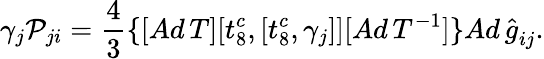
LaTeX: \gamma_{j}{\cal P}_{ji}=\frac{4}{3}\{ [Ad\, T][t_{8}^{c},[t_{8}^{c},{\gamma}_{j}]][Ad\, T^{-1}]\} {Ad\, {\hat{g}}}_{ij}.